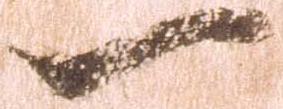
一